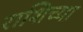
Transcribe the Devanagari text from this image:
राशिच्या